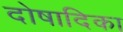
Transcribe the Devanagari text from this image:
दोषादिका